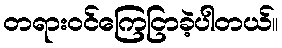
တရားဝင်ကြေငြာခဲ့ပါတယ်။